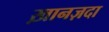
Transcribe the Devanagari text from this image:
ख़ानज़दा